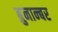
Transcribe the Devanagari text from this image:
ब्रुनान्बर